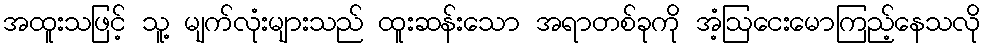
အထူးသဖြင့် သူ့ မျက်လုံးများသည် ထူးဆန်းသော အရာတစ်ခုကို အံ့ဩငေးမောကြည့်နေသလို